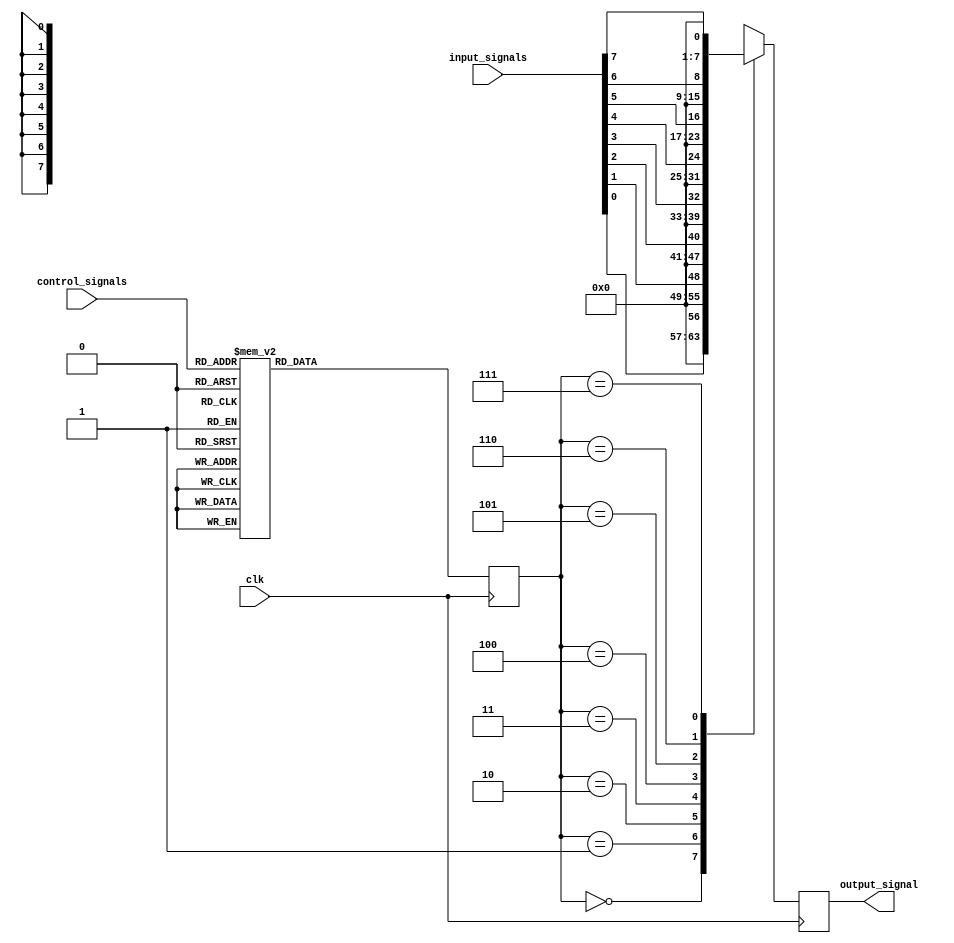
module eight_way_bypass_reg (
    input wire clk,               // Clock signal
    input wire [7:0] input_signals, // 8 input signals
    input wire [2:0] control_signals, // Control signals for selecting active input
    output reg [7:0] output_signal // Output signal
);

reg [2:0] active_input; // Variable for storing active input signal

always @(posedge clk) begin
    // Select active input based on control signals
    case (control_signals)
        3'b000: active_input <= 3'b000; // Select input signal 0
        3'b001: active_input <= 3'b001; // Select input signal 1
        3'b010: active_input <= 3'b010; // Select input signal 2
        3'b011: active_input <= 3'b011; // Select input signal 3
        3'b100: active_input <= 3'b100; // Select input signal 4
        3'b101: active_input <= 3'b101; // Select input signal 5
        3'b110: active_input <= 3'b110; // Select input signal 6
        3'b111: active_input <= 3'b111; // Select input signal 7
        default: active_input <= 3'b000; // Default to input signal 0
    endcase
    
    // Route active input to output signal
    case (active_input)
        3'b000: output_signal <= input_signals[0]; // Route input signal 0 to output
        3'b001: output_signal <= input_signals[1]; // Route input signal 1 to output
        3'b010: output_signal <= input_signals[2]; // Route input signal 2 to output
        3'b011: output_signal <= input_signals[3]; // Route input signal 3 to output
        3'b100: output_signal <= input_signals[4]; // Route input signal 4 to output
        3'b101: output_signal <= input_signals[5]; // Route input signal 5 to output
        3'b110: output_signal <= input_signals[6]; // Route input signal 6 to output
        3'b111: output_signal <= input_signals[7]; // Route input signal 7 to output
    endcase
end

endmodule